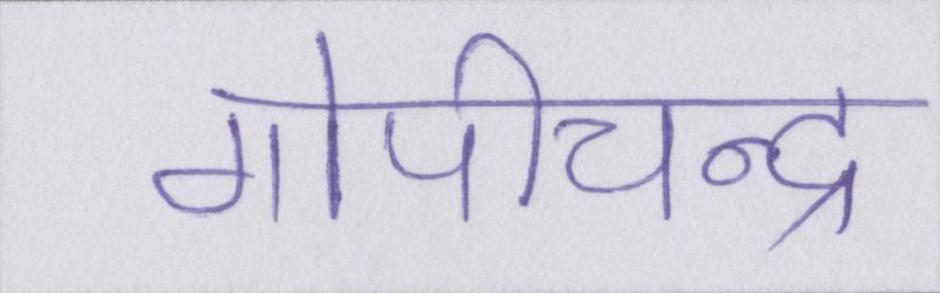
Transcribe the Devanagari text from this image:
गोपीचन्द्र